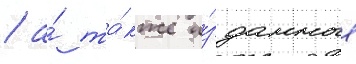
/ а́ та́кже и́зданные